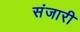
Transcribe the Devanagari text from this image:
संजारी